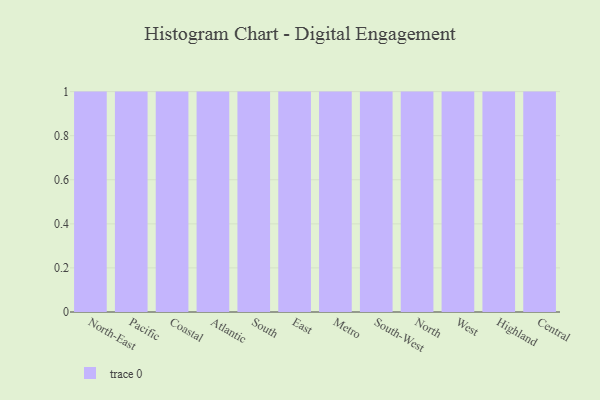
{"axis": {"x": "Region", "y": "Humidity (%)"}, "legend": [""], "data": [{"x": "North-East", "y": 100, "type": ""}, {"x": "Pacific", "y": 76, "type": ""}, {"x": "Coastal", "y": 22, "type": ""}, {"x": "Atlantic", "y": 23, "type": ""}, {"x": "South", "y": 65, "type": ""}, {"x": "East", "y": 14, "type": ""}, {"x": "Metro", "y": 71, "type": ""}, {"x": "South-West", "y": 40, "type": ""}, {"x": "North", "y": 96, "type": ""}, {"x": "West", "y": 44, "type": ""}, {"x": "Highland", "y": 31, "type": ""}, {"x": "Central", "y": 26, "type": ""}]}